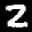
Label: 2